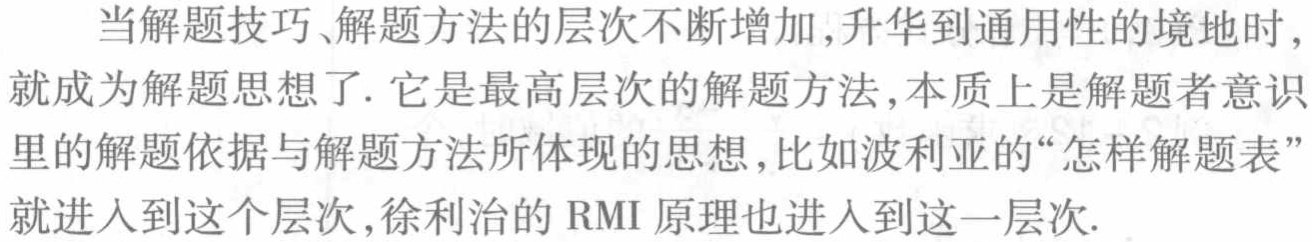
当解题技巧、解题方法的层次不断增加,升华到通用性的境地时,就成为解题思想了. 它是最高层次的解题方法,本质上是解题者意识里的解题依据与解题方法所体现的思想,比如波利亚的“怎样解题表”就进入到这个层次,徐利治的 RMI 原理也进入到这一层次.